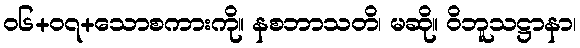
၀၆+၀၇+သောစကားကို။ နစဘာသတိ၊ မဆို။ ဝိဘူသဋ္ဌာနာ၊